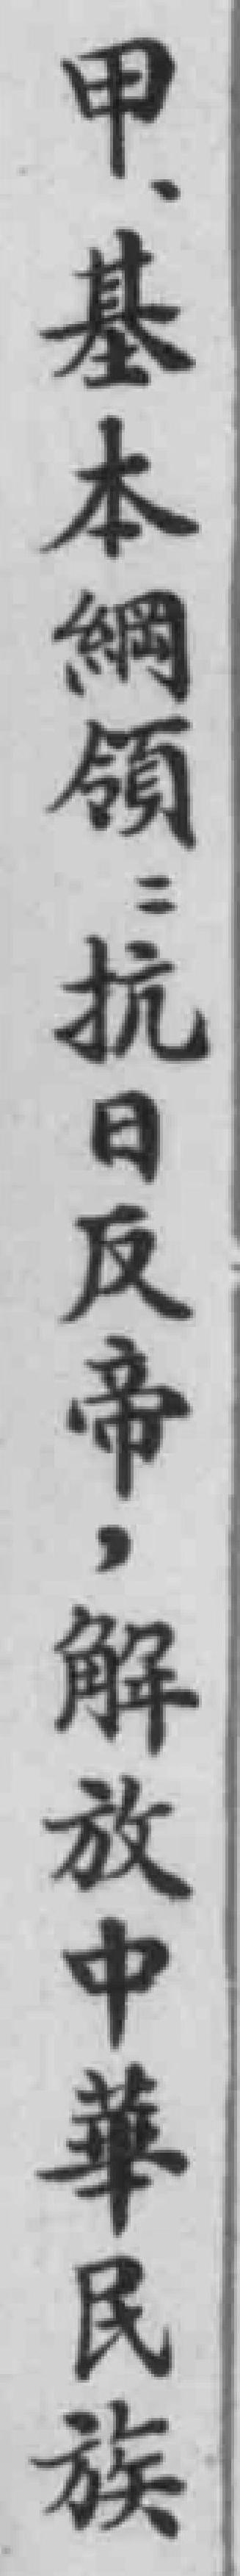
甲、基本綱領：抗日反帝，解放中華民族